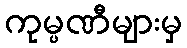
ကုမ္ပဏီများမှ